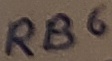
Text: RB6